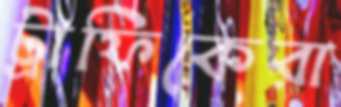
ট্রাফিকেরা